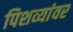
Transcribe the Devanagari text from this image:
पिशव्यांवर